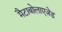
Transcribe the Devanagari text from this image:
मैटाबोलाएजेड